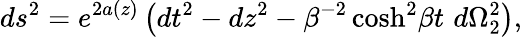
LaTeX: ds^{2}=e^{2a(z)}\left(dt^{2}-dz^{2}-\beta^{-2}\cosh^{2}\! \beta t\, \, d\Omega_{2}^{2}\right),